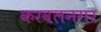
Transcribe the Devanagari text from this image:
करवलनगर